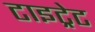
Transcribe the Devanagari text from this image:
टाइट्रेट